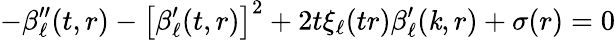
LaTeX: -\beta_{\ell}^{\prime\prime}(t,r)-\left[\beta_{\ell}^{\prime}(t,r)\right]^{2}+2t\xi_{\ell}(tr)\beta_{\ell}^{\prime}(\mathit{k},r)+\sigma(r)=0